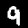
Digit: 9